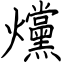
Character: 爣